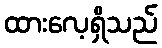
ထားလေ့ရှိသည်